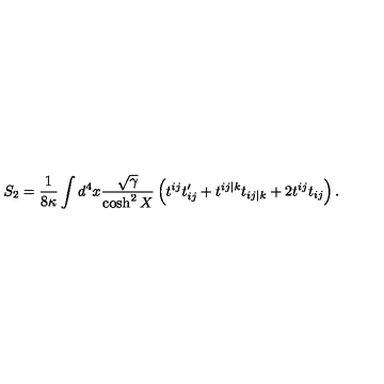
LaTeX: S _ { 2 } = \frac { 1 } { 8 \kappa } \int d ^ { 4 } x \frac { \sqrt { \gamma } } { \cosh ^ { 2 } X } \left( t ^ { i j } t _ { i j } ^ { \prime } + t ^ { i j \vert k } t _ { i j \vert k } + 2 t ^ { i j } t _ { i j } \right) .